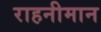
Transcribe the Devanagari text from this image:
राहनीमान